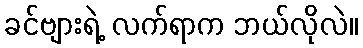
ခင်ဗျားရဲ့ လက်ရာက ဘယ်လိုလဲ။